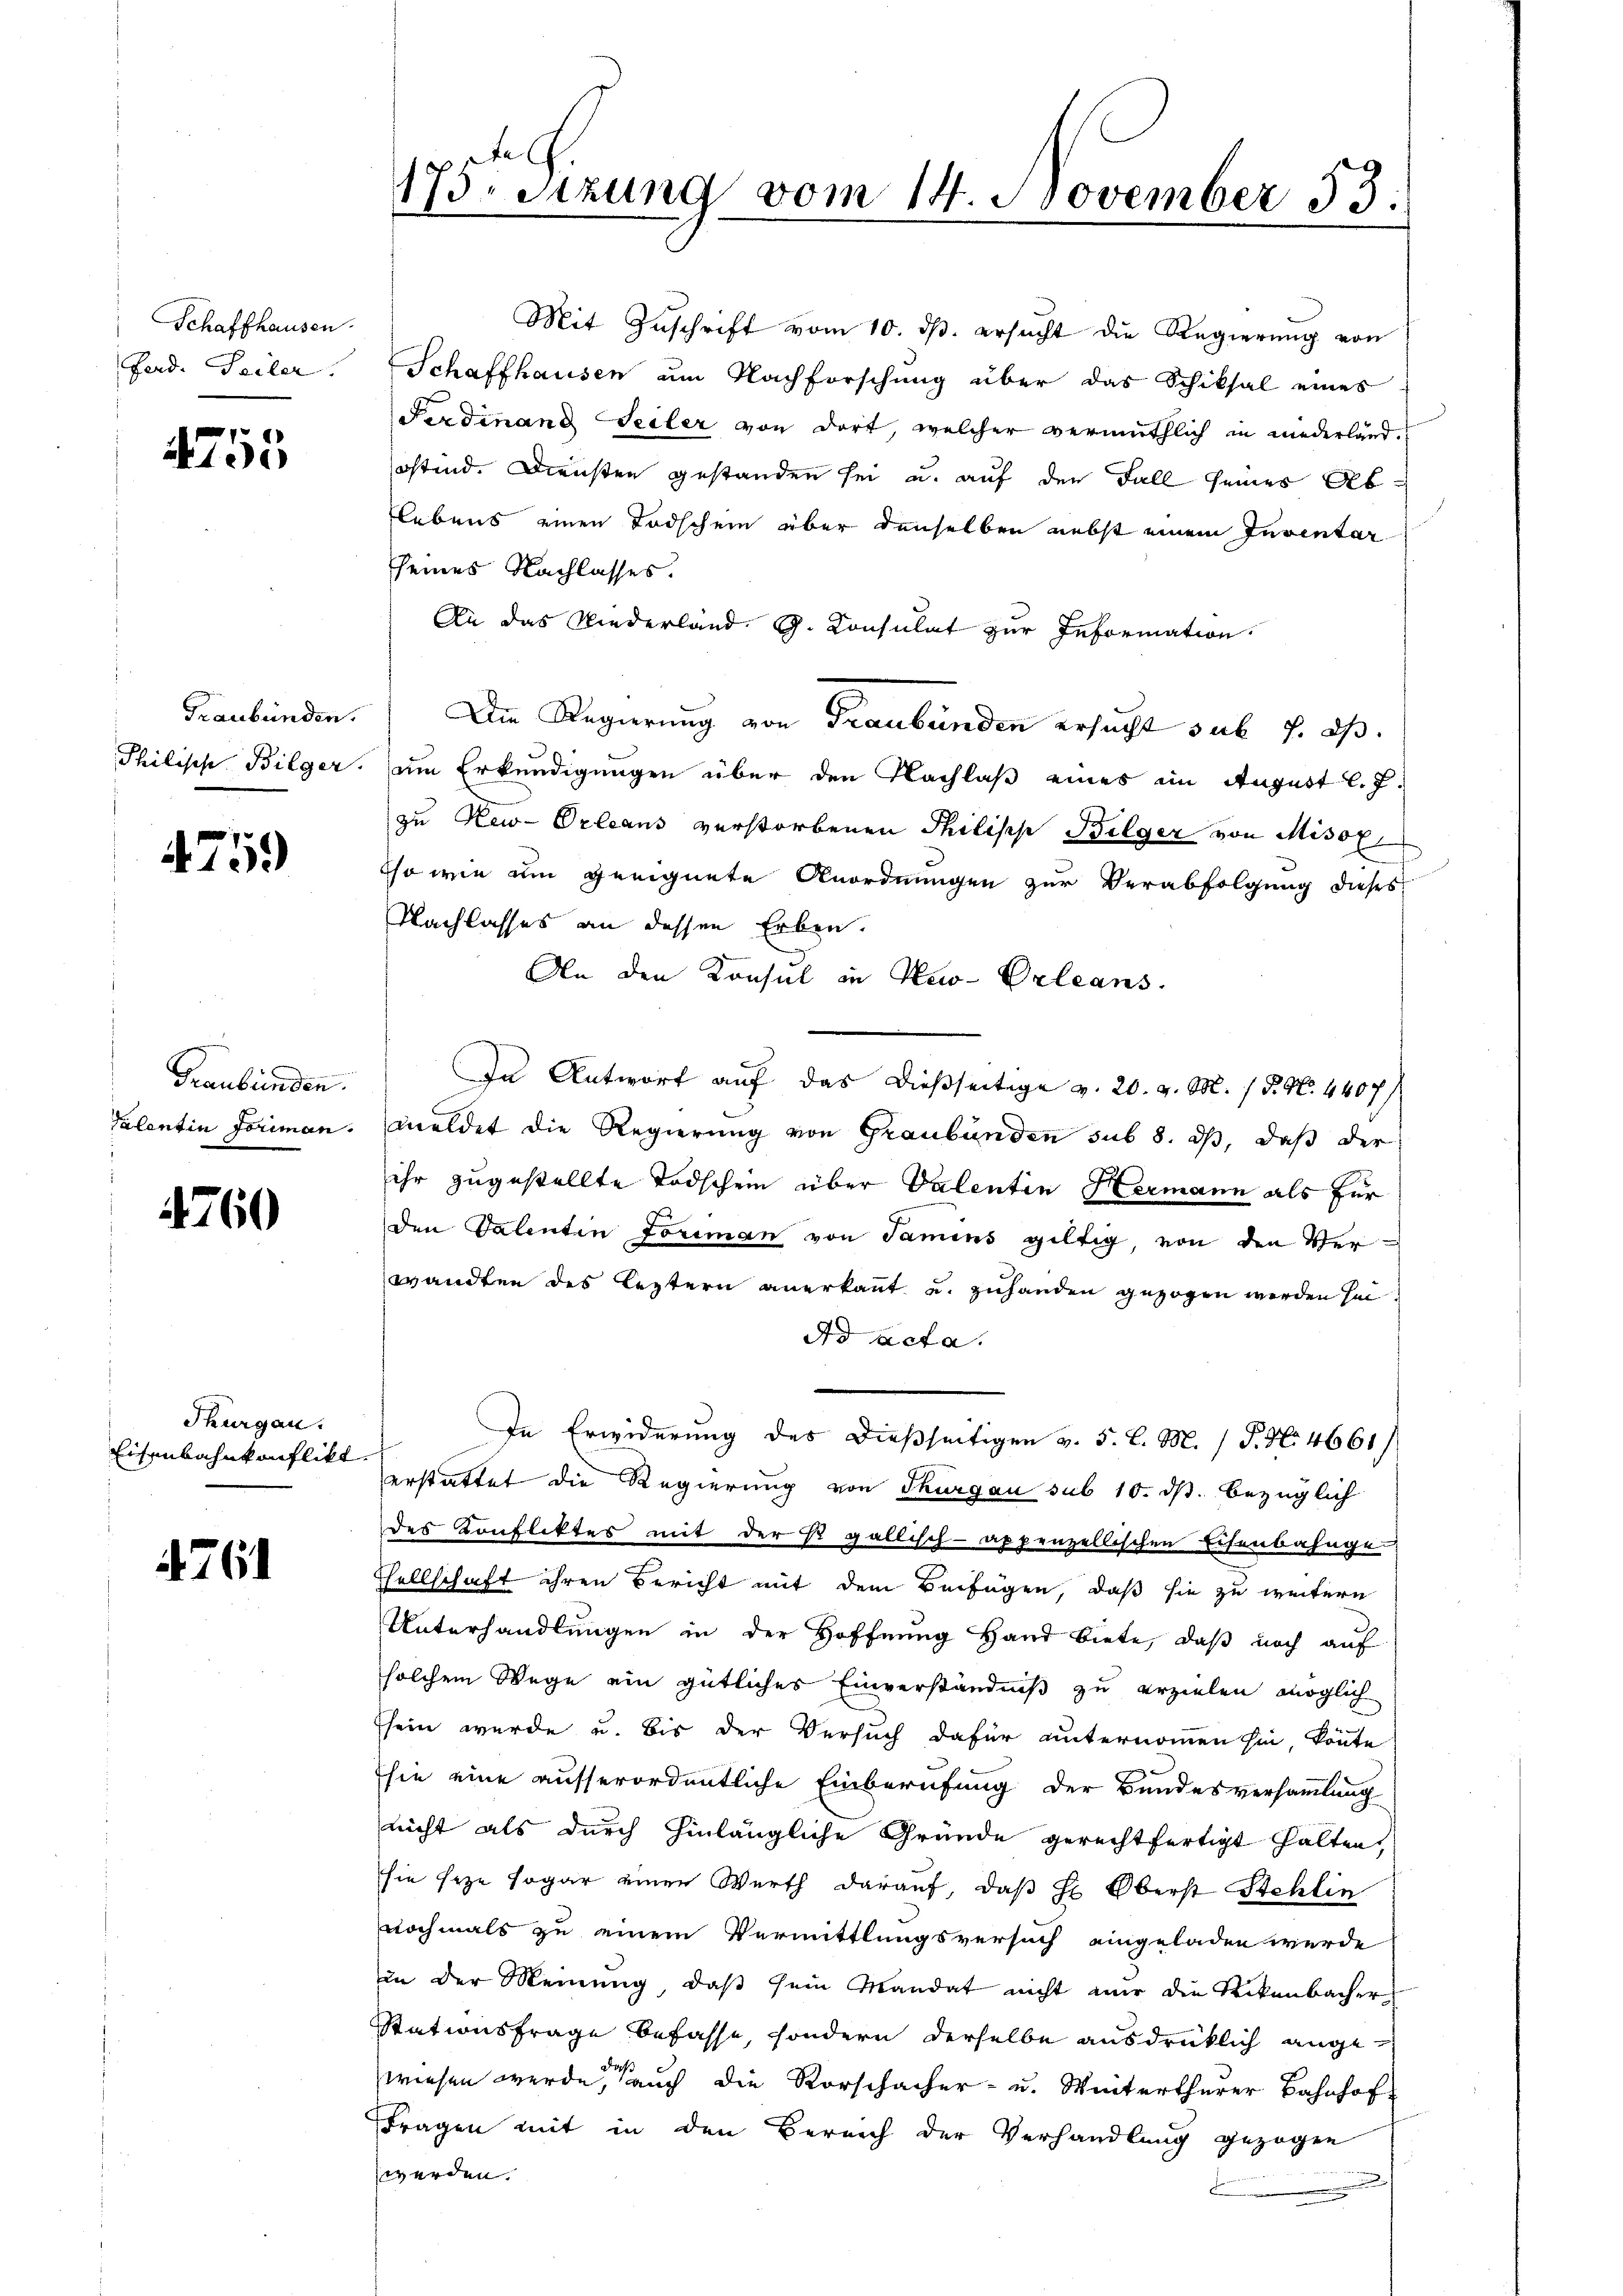
Schaffhausen.
Ferd. Seiler.

4755

Graubünden.

4759

Graubünden.

4760

Thurgau.
Eisenbahnkonflikt.

4761

175. Sitzung vom 14. November 53.

Mit Zuschrift vom 10. ds. ersucht die Regierung von
Schaffhausen am Nachforschung über das Schiksal eines
Ferdinand Seiler von dort, welcher vermuthlich in niederlandostend. Diensten gestanden sei u. auf den Fall seines Ab¬
Flebens einen Todschein über denselben nebst einem Inventar
sseines Nachlasses.
An das Niederland. G. Konsulat zur Information
Die Regierung von Graubünden ersucht sub 7. ds.
Philisch Bilger, um Erkundigungen über den Nachlaß eines im August l. J.
zu New-Orleans verstorbenen Philische Bilger von Misox
so wie um geeignete Anordnungen zur Verabfolgung dieses
Nachlasses an dessen Erben.
An den Konsul in New-Orleans
In Antwort auf das dießseitige v. 20. v. M. 15. No. 4407/
Valentin Foriman. Meldet die Regierung von Graubünden sub 8. dß, daß der
ihr zugestellte Todschein über Valentin Hermann als für
den Valentin Forman von Samins gültig, von den Verwandten des Leztern anerkannt und zuhanden gezogen werden sei.
Ad Acta.
In Erwiderung des dießseitigen v. 5. l. M. / P. Nr. 4661/
erstattet die Regierung von Thurgau sub 10. ds. bezüglich
des Konfliktes mit der Er gallisch-appenzellischen Eisenbahnge
Tellschaft ihren Bericht mit dem Verfügen, daß sie zu weitern
Unterhandlungen in der Hoffnung Hand biete, daß noch auf
solchem Wege ein gütliches Einverständniß zu erzielen möglich
Esein wurde u. Bis der Versuch dafür unternommen hin, könnte
hie eine ausserordentliche Einberufung der Bundesversammlung
nicht als durch hinlängliche Gründe gerechtfertigt halten,
sie seze sogar einen Werth darauf, daβ hr. Oberst Stehlin
nochmals zu einem Vermittlungsversuch eingeladen werde
in der Meinung, daß sein Mandat nicht nur die Reckenbacher
Stationsfrage befasse, sondern derselbe ausdrücklich angewiesen werde, auch die Vorschacher- u. Winterthurer Bahnhof
Fragen mit in den Bereich der Verhandlung gezogen
werden.